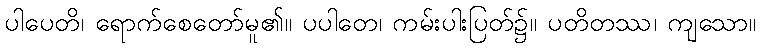
ပါပေတိ၊ ရောက်စေတော်မူ၏။ ပပါတေ၊ ကမ်းပါးပြတ်၌။ ပတိတဿ၊ ကျသော။